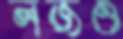
লজও